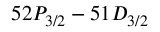
5 2 P _ { 3 / 2 } - 5 1 D _ { 3 / 2 }